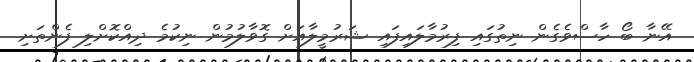
އޭނާ ބޯ ހާސްވެގެން ނިތުގައި ފިރުމާލައިފައި ޝަރުމީލާއަށް ގޮވާލުމުން ނިކުމެ ދިއްކޮށްލި ފެންތަށި